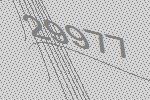
29977